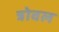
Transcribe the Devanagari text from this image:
त्रोवल